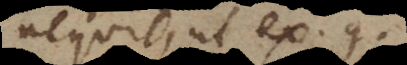
equit, ut ex. g.